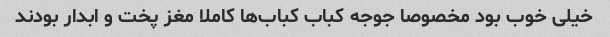
خیلی خوب بود مخصوصا جوجه کباب کباب‌ها کاملا مغز پخت و ابدار بودند